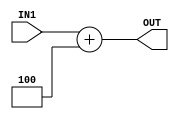
module adder_32bit_plus_4(IN1, OUT);

    //declare ports
    input [31:0] IN1;
    output [31:0] OUT;

    //add the input values and assign to output
    //TODO: adding a delay
    //added 1 unit delay
    assign #1 OUT = IN1 + 32'd4;

endmodule